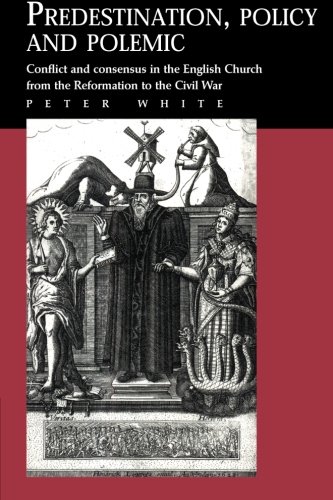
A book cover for Predestination, Policy and Polemic: Conflict and Consensus in the English Church from the Reformation to the Civil War; Peter White; Christian Books & Bibles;